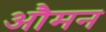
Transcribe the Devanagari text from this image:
औमन